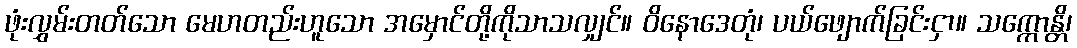
ဖုံးလွှမ်းတတ်သော မေဟတည်းဟူသော အမှောင်တို့ကိုသာသလျှင်။ ဝိနောဒေတုံ၊ ပယ်ဖျောက်ခြင်းငှာ။ သက္ကောန္တိ၊